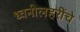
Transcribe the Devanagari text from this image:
ध्वनीलहरींचे